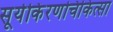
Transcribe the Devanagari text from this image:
सूर्यकिंरणचिकित्सा